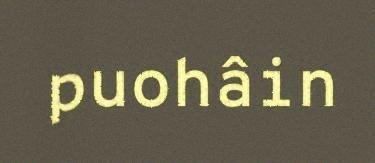
puohâin